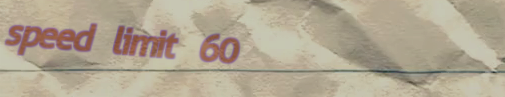
speed limit 60